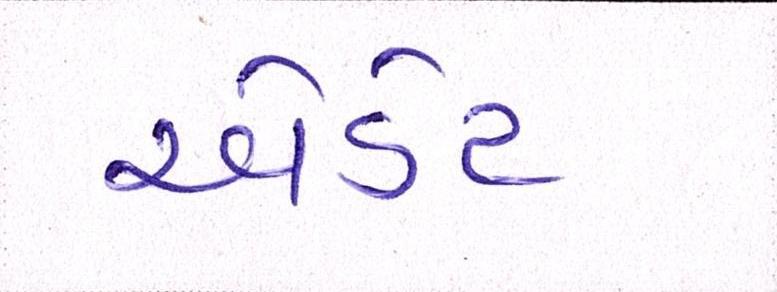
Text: એડેડ